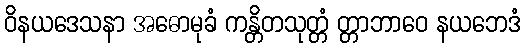
ဝိနယဒေသနာ အဓောမုခံ ကန္တိတသုတ္တံ တ္တာဘာဝေ နယဘေဒံ